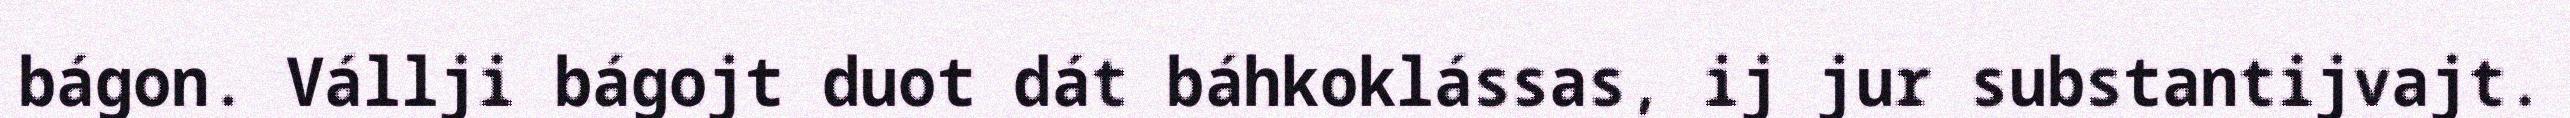
bágon. Vállji bágojt duot dát báhkoklássas, ij jur substantijvajt.